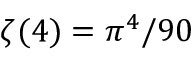
\zeta ( 4 ) = \pi ^ { 4 } / 9 0